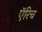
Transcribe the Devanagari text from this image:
ऍरिच